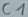
Text: C1